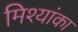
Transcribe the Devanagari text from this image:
मिश्यांका